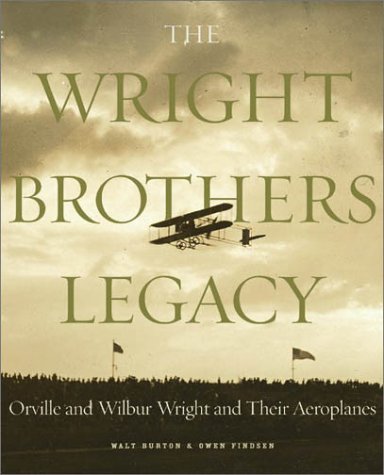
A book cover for The Wright Brothers Legacy: Orville and Wilbur Wright and Their Aeroplanes in Pictures; Walt Burton; Arts & Photography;